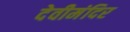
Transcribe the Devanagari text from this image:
देवीमंदिर